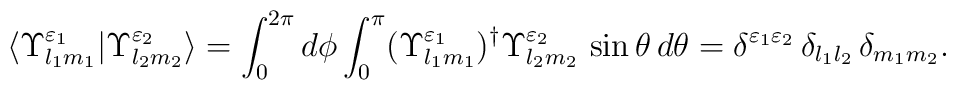
\langle \Upsilon^{\varepsilon_1}_{l_1 m_1} |    \Upsilon^{\varepsilon_2}_{l_2 m_2}\rangle =    \int_0^{2\pi} d\phi \int_0^\pi    (\Upsilon^{\varepsilon_1}_{l_1 m_1})^\dagger    \Upsilon^{\varepsilon_2}_{l_2 m_2}\,    \sin \theta\, d\theta =    \delta^{\varepsilon_1 \varepsilon_2}\,    \delta_{l_1 l_2}\, \delta_{m_1 m_2}.